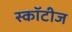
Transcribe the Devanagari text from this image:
स्कॉटीज